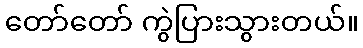
တော်တော် ကွဲပြားသွားတယ်။